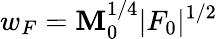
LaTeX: w_{F}=\mathbf{M}_{0}^{1/4}|F_{0}|^{1/2}